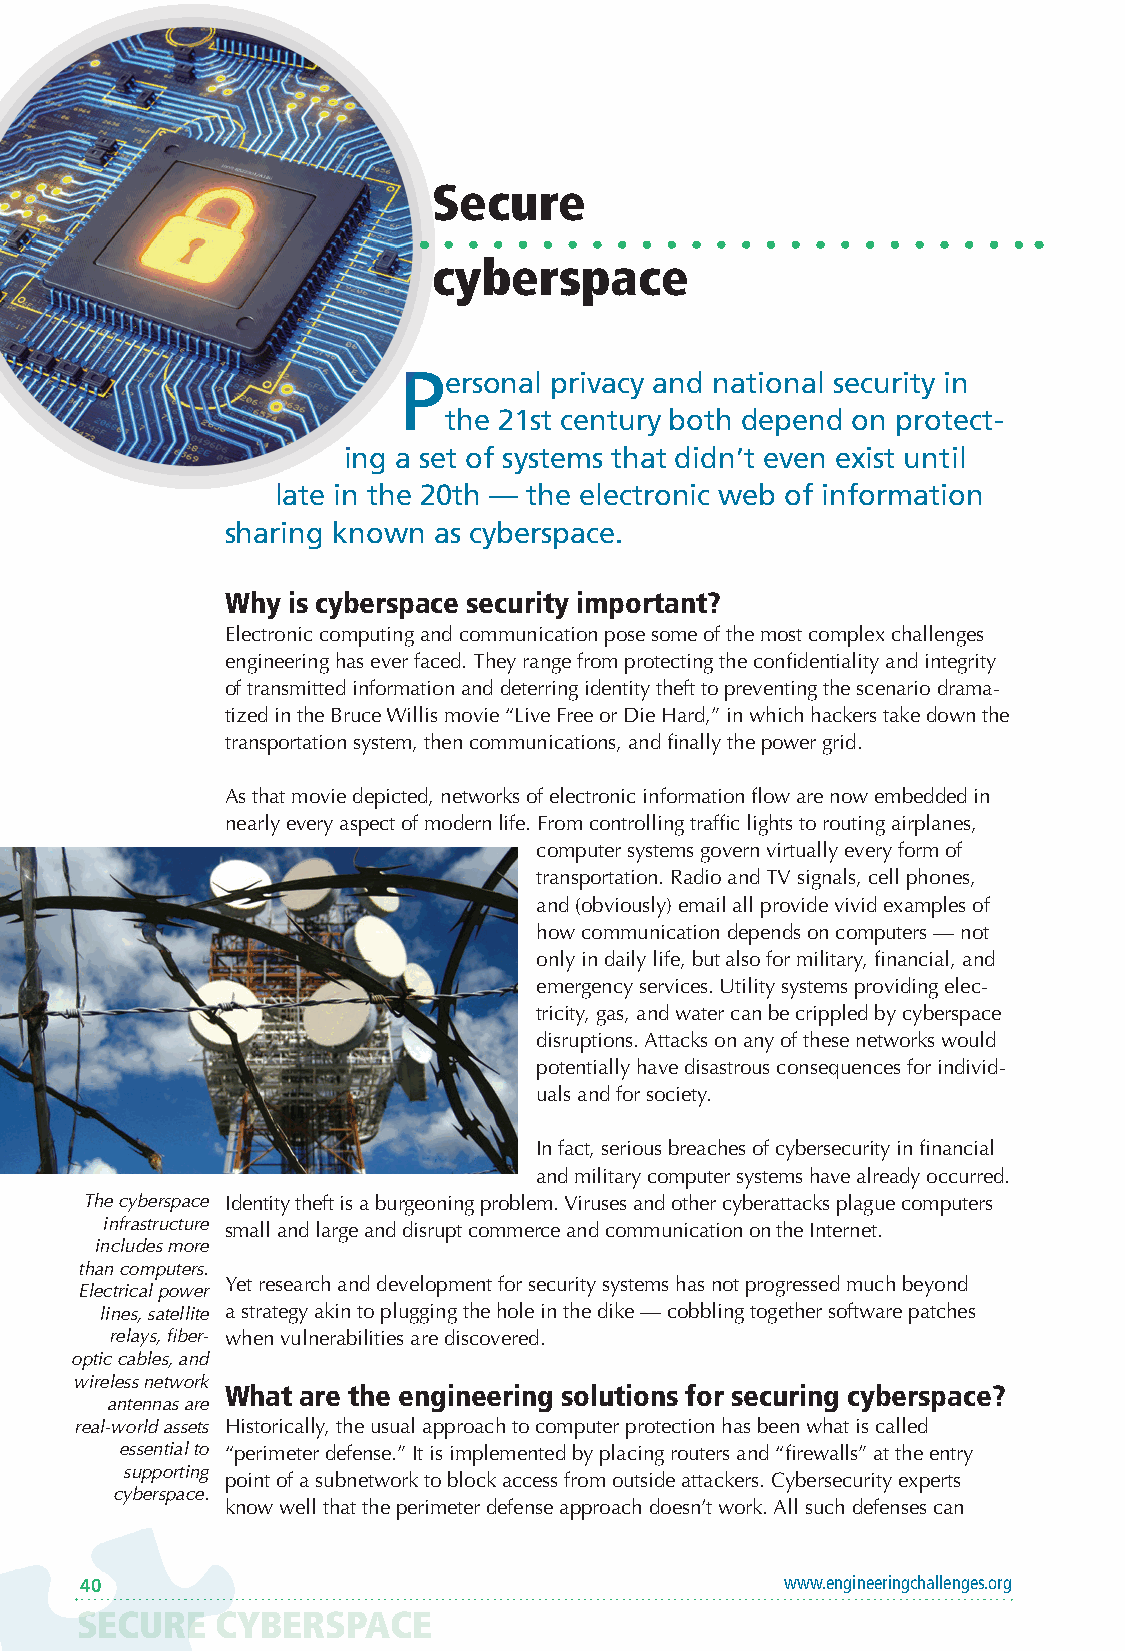
Secure
 cyberspace
 Personal  privacy and national security in
 the 21st century both depend on protect-
 ing a set of systems that didn’t even exist until
 late in the 20th — the electronic web of information
 sharing known as cyberspace.
 Why is cyberspace security important?
 Electronic computing and communication pose some of the most complex challenges
 engineering has ever faced. They range from protecting the confidentiality and integrity
 of transmitted information and deterring identity theft to preventing the scenario drama-
 tized in the Bruce Willis movie “Live Free or Die Hard,” in which hackers take down the
 transportation system, then communications, and finally the power grid.
 As that movie depicted, networks of electronic information flow are now embedded in
 nearly every aspect of modern life. From controlling traffic lights to routing airplanes,
 computer systems govern virtually every form of
 transportation. Radio and TV signals, cell phones,
 and (obviously) email all provide vivid examples of
 how communication depends on computers — not
 only in daily life, but also for military, financial, and
 emergency services. Utility systems providing elec-
 tricity, gas, and water can be crippled by cyberspace
 disruptions. Attacks on any of these networks would
 potentially have disastrous consequences for individ-
 uals and for society.
 In fact, serious breaches of cybersecurity in financial
 and military computer systems have already occurred.
 The cyberspace Identity theft is a burgeoning problem. Viruses and other cyberattacks plague computers
 infrastructure small and large and disrupt commerce and communication on the Internet.
 includes more
 than computers.
 Yet research and development for security systems has not progressed much beyond
 Electrical power
 lines, satellite a strategy akin to plugging the hole in the dike — cobbling together software patches
 relays, fiber- when vulnerabilities are discovered.
 optic cables, and
 wireless network
 What are the engineering solutions for securing cyberspace?
 antennas are
 real-world assets Historically, the usual approach to computer protection has been what is called
 essential to “perimeter defense.” It is implemented by placing routers and “firewalls” at the entry
 supporting
 point of a subnetwork to block access from outside attackers. Cybersecurity experts
 cyberspace.
 know well that the perimeter defense approach doesn’t work. All such defenses can
 40                                             www.engineeringchallenges.org
 SECURE   CYBERSPACE